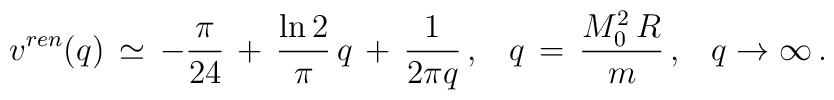
v^{ren}(q)\,\simeq \,-\frac{\pi}{24}\,+\,\frac{\ln 2}{\pi}\,q\,+\,\frac{1}{2\pi q}\,{,}\quad q\,=\,\frac{M_0^2\,R}{m}\,{,} \quad q\to\infty \,{.}